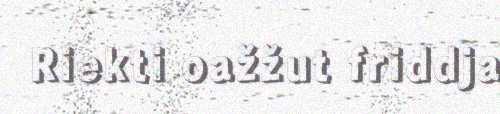
Riekti oažžut friddja